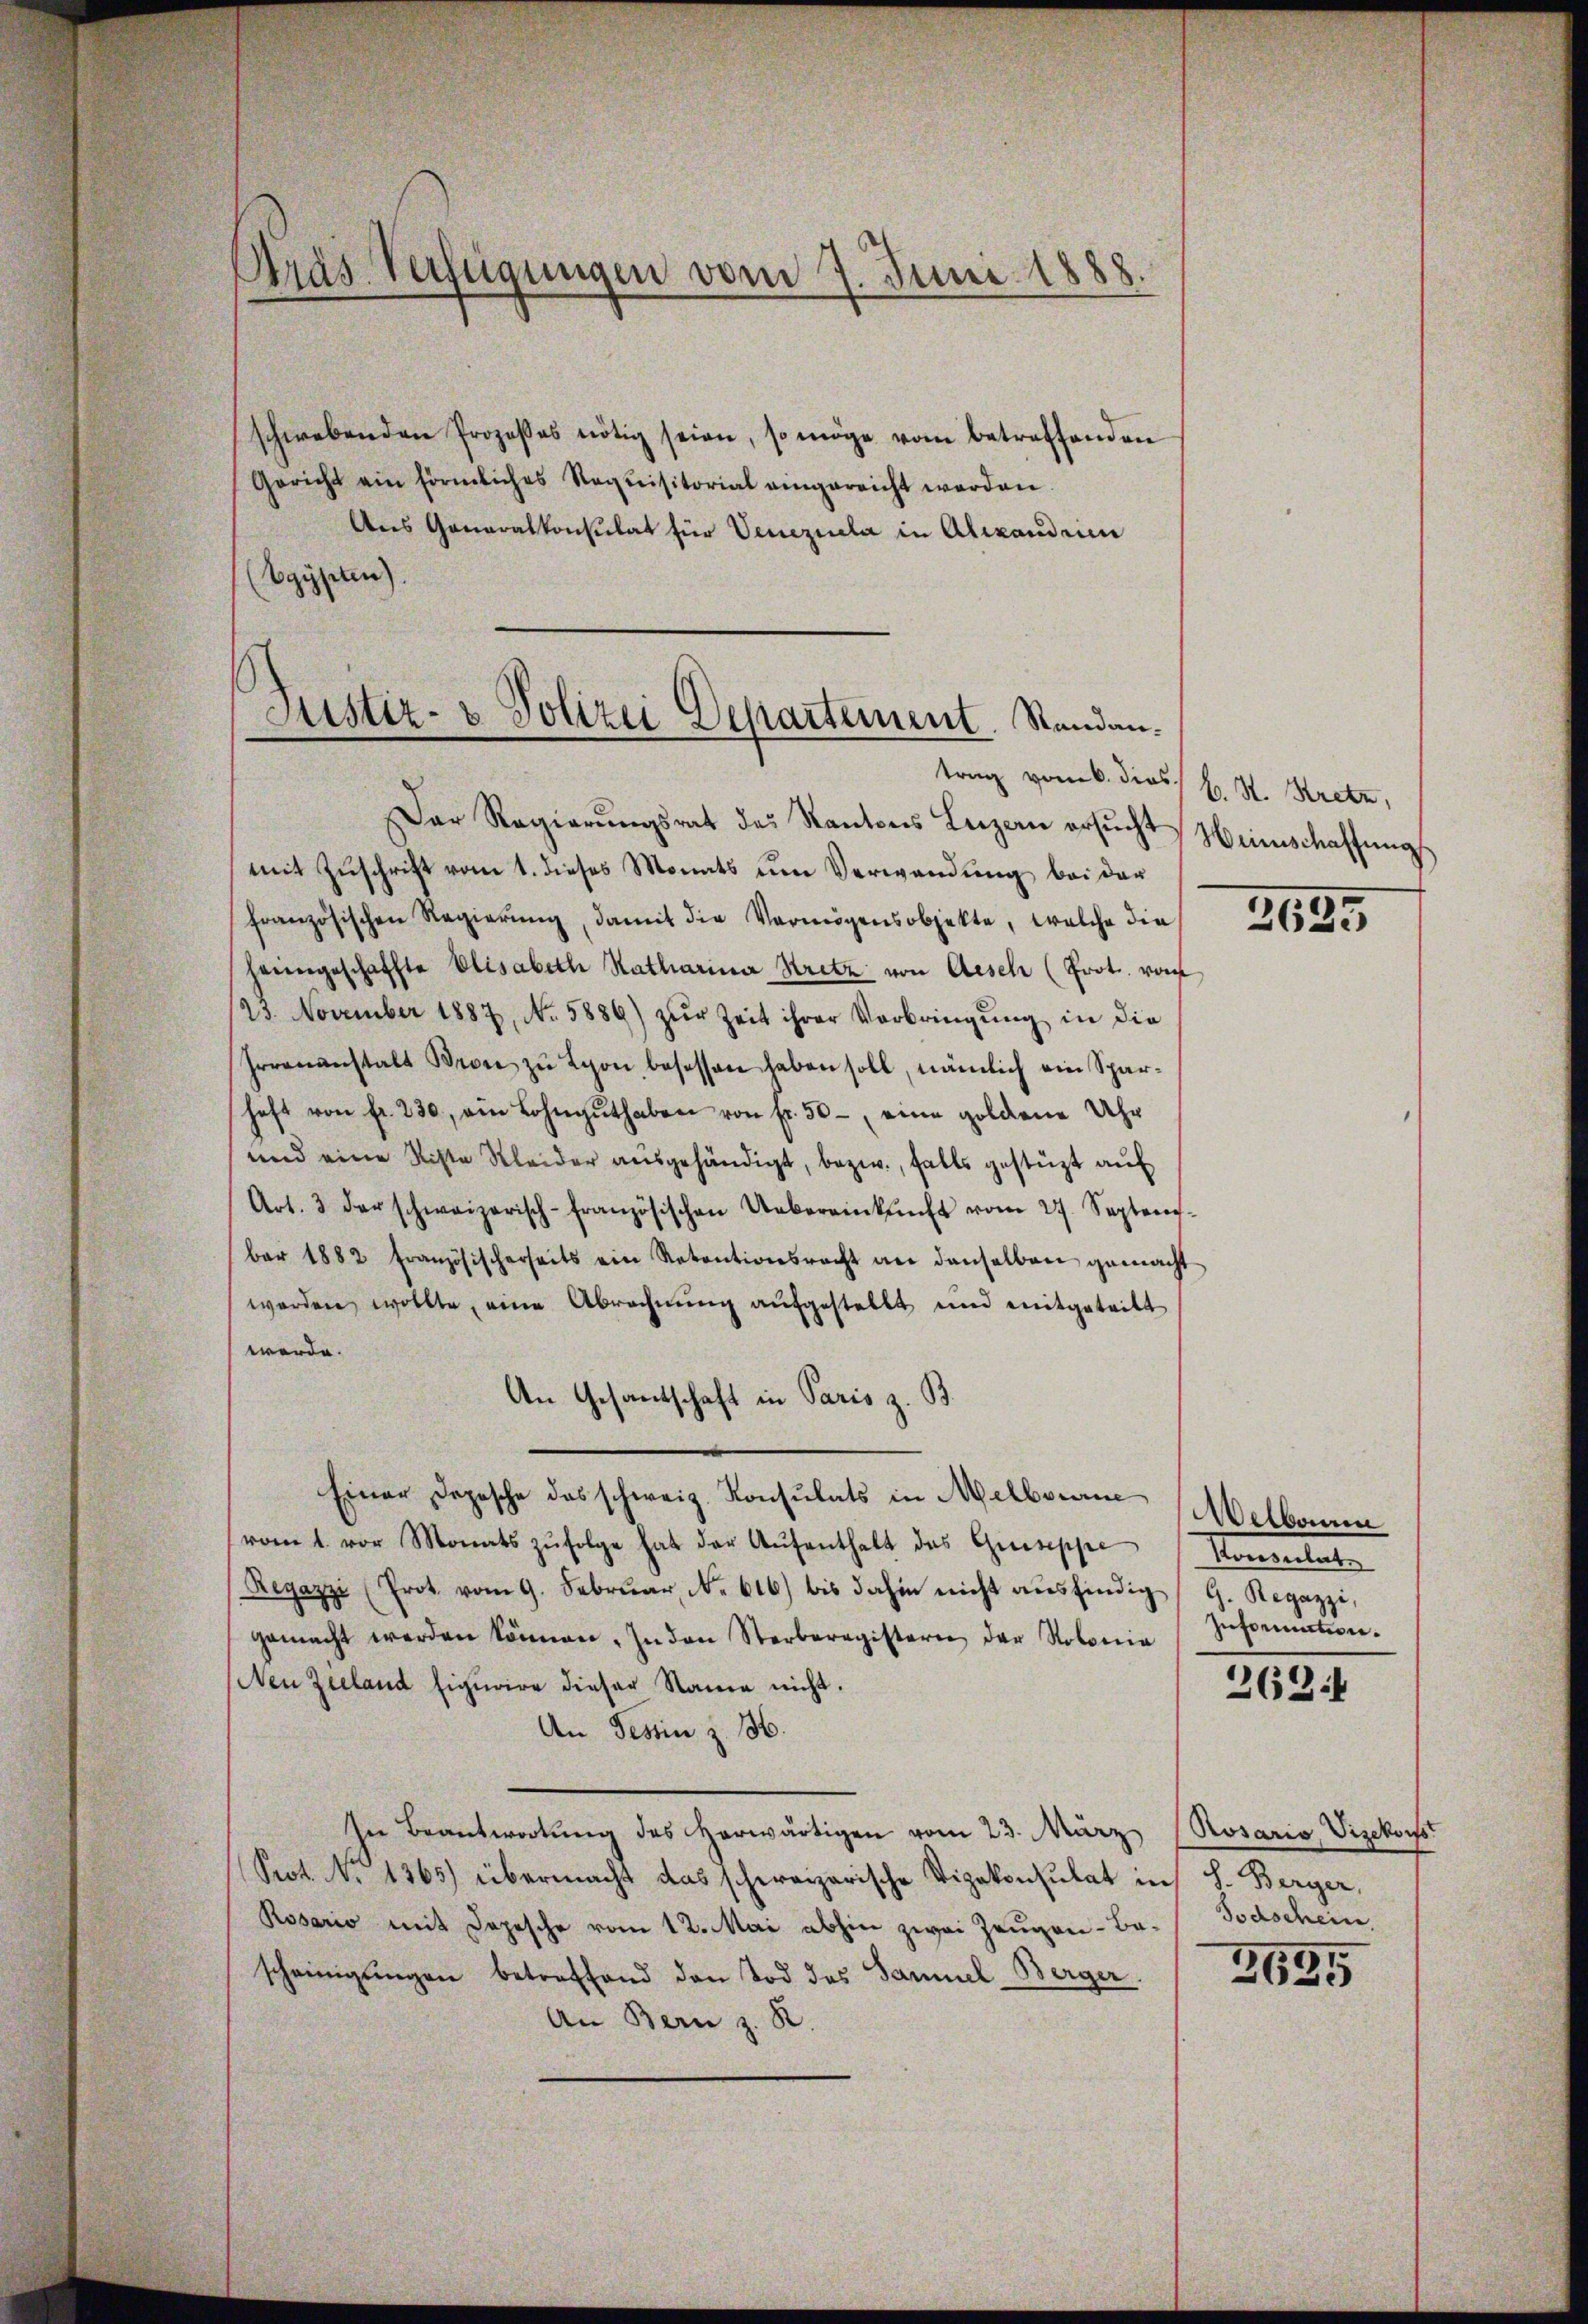
Kras Verfügungen vom 7. Juni 1888

schwebenden Prozeßes nötig seien, so möge vom betreffenden
Gericht ein förmliches Requisitorial eingereicht werden.
Aus Generalkonsulat für Venezuela in Alexandrien
(Egypten).

Justiz- & Polizei Departement. Standantrag vom 6. dies k. St. Kretz,

Der Regierŭngsrat des Kantons Luzern ersŭcht Heimschaffung
mit Zuschrift vom 1. dieses Monats um Verwendung bei der
französischen Regierŭng, damit die Vermögensobjekte, welche die
heimgeschaffte Elisabeth Ratharina Kretz von Aesch (Prot. vom
23. November 1887, No. 5886) zŭr Zeit ihrer Verbringŭng in die
Irrenanstalt Brose zŭ Lyon, besessen haben soll, nämlich ein Sparhaft von fr. 230, ein Lohngŭthaben von fr. 50 eine goldene Uhr
und eine Siste Kleider ausgehändigt, bezw. falls gestüzt auf
Art. 3 der schweizerisch-französischen Uebereinkŭnft vom 27. Septem-
ber 1882 französischerseits ein Retentionsrecht an denselben gemacht
werden wollte, eine Abrechnung aufgestellt und mitgetritt
werde.
An Gesantschaft in Paris z. B.
Einer Depesche das schweiz. Konsulats in Melbourne
vom 1. vor Monats zŭfolge hat der Aŭfenthalt des Griseppe Konsulat
Regazzi (Prot. vom 9. Febrŭar N. 616 bis dahin nicht ausfindig, G. Regazzi,
gemacht werden können. In den Sterberegisterie der Kolonia
Nen Zieland figurire dieser Name nicht.
An Tessin z. B.
In Beantwortung des herwärtigen vom 23. März
Seot. No 1365) übermacht das schwarzerische Vizekonsulat in S. Berger,
Rosario mit Depesche vom 12. Mai abhin zwei Zeugen-Bascheinigŭngen betreffend den Tod des Samuel-Berger.
An Bern z. B

2639

Welbaum
zuformation.

262.

Rosario, Vizekoiss.
Todschein

3694